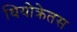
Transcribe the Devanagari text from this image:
थियोक्रेतस